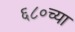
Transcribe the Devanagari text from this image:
६८०च्या